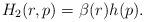
LaTeX: \begin{align*}H_2(r,p)=\beta (r)h(p).\end{align*}